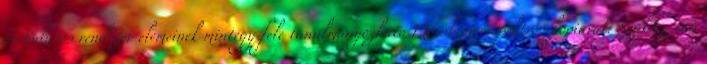
periódusos rendszer elemeinek mintegy fele tanulmányozható Mössbauer-spektroszkópiával. Szükség van